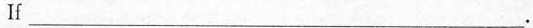
If\underline。